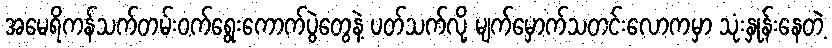
အမေရိကန်သက်တမ်းဝက်ရွေးကောက်ပွဲတွေနဲ့ ပတ်သက်လို့ မျက်မှောက်သတင်းလောကမှာ သုံးနှုန်းနေတဲ့